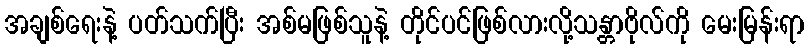
အချစ်ရေးနဲ့ ပတ်သက်ပြီး အစ်မဖြစ်သူနဲ့ တိုင်ပင်ဖြစ်လားလို့သန္တာဗိုလ်ကို မေးမြန်းရာ